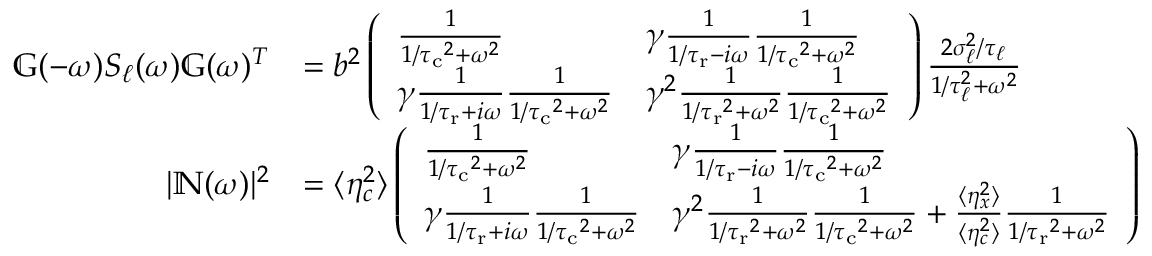
\begin{array} { r l } { \mathbb { G } ( - \omega ) S _ { \ell } ( \omega ) \mathbb { G } ( \omega ) ^ { T } } & { = b ^ { 2 } \left( \begin{array} { l l } { \frac { 1 } { 1 / { \tau _ { \mathrm { c } } } ^ { 2 } + \omega ^ { 2 } } } & { \gamma \frac { 1 } { 1 / { \tau _ { \mathrm { r } } } - i \omega } \frac { 1 } { 1 / { \tau _ { \mathrm { c } } } ^ { 2 } + \omega ^ { 2 } } } \\ { \gamma \frac { 1 } { 1 / { \tau _ { \mathrm { r } } } + i \omega } \frac { 1 } { 1 / { \tau _ { \mathrm { c } } } ^ { 2 } + \omega ^ { 2 } } } & { \gamma ^ { 2 } \frac { 1 } { 1 / { \tau _ { \mathrm { r } } } ^ { 2 } + \omega ^ { 2 } } \frac { 1 } { 1 / { \tau _ { \mathrm { c } } } ^ { 2 } + \omega ^ { 2 } } } \end{array} \right) \frac { 2 \sigma _ { \ell } ^ { 2 } / \tau _ { \ell } } { 1 / \tau _ { \ell } ^ { 2 } + \omega ^ { 2 } } } \\ { | \mathbb { N } ( \omega ) | ^ { 2 } } & { = \langle \eta _ { c } ^ { 2 } \rangle \left( \begin{array} { l l } { \frac { 1 } { 1 / { \tau _ { \mathrm { c } } } ^ { 2 } + \omega ^ { 2 } } } & { \gamma \frac { 1 } { 1 / { \tau _ { \mathrm { r } } } - i \omega } \frac { 1 } { 1 / { \tau _ { \mathrm { c } } } ^ { 2 } + \omega ^ { 2 } } } \\ { \gamma \frac { 1 } { 1 / { \tau _ { \mathrm { r } } } + i \omega } \frac { 1 } { 1 / { \tau _ { \mathrm { c } } } ^ { 2 } + \omega ^ { 2 } } } & { \gamma ^ { 2 } \frac { 1 } { 1 / { \tau _ { \mathrm { r } } } ^ { 2 } + \omega ^ { 2 } } \frac { 1 } { 1 / { \tau _ { \mathrm { c } } } ^ { 2 } + \omega ^ { 2 } } + \frac { \langle \eta _ { x } ^ { 2 } \rangle } { \langle \eta _ { c } ^ { 2 } \rangle } \frac { 1 } { 1 / { \tau _ { \mathrm { r } } } ^ { 2 } + \omega ^ { 2 } } } \end{array} \right) } \end{array}